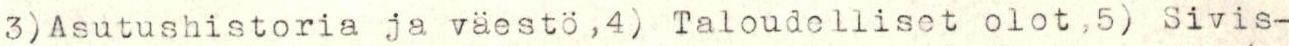
3) Asutushistoria ja väestö,4) Taloudelliset olot,5) Sivis-